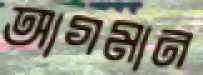
আগমান